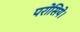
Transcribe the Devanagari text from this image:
परोसिये।